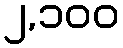
၂,၁၀၀